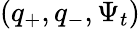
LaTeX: (q_{+},q_{-},\Psi_{t})